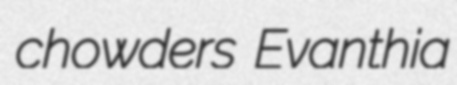
chowders Evanthia